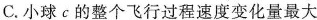
C.小球c的整个飞行过程速度变化量最大